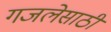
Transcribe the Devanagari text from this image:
गजलेसाठी